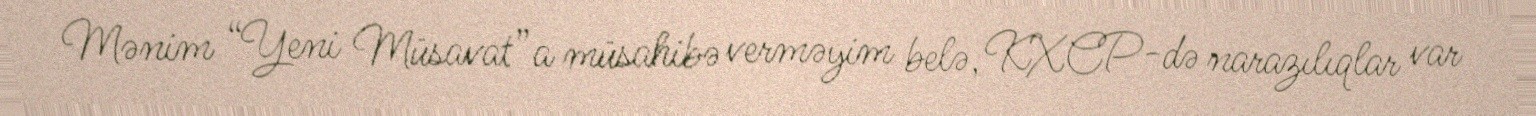
Mənim “Yeni Müsavat”a müsahibə verməyim belə, KXCP-də narazılıqlar var